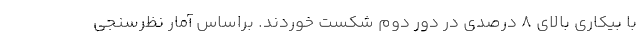
با بیکاری بالای 8 درصدی در دور دوم شکست خوردند. براساس آمار نظرسنجی